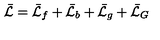
\bar { \cal L } = \bar { \cal L } _ { f } + \bar { \cal L } _ { b } + \bar { \cal L } _ { g } + \bar { \cal L } _ { G }